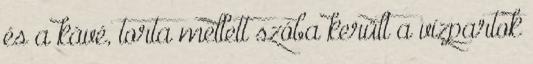
és a kávé, torta mellett szóba került a vízpartok